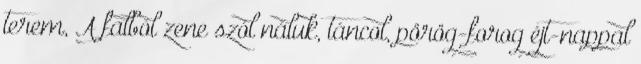
terem, A falból zene szól náluk, táncol, pörög-forog éjt-nappal